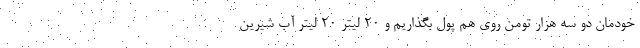
خودمان دو سه هزار تومن روی هم پول بگذاریم و ۲۰ لیتر ۲۰ لیتر آب شیرین